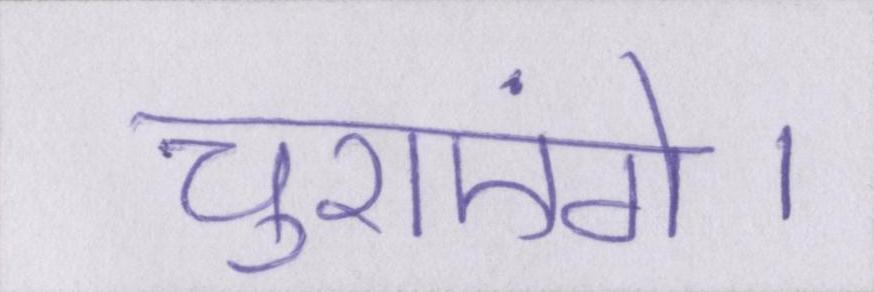
चुराएंगे।